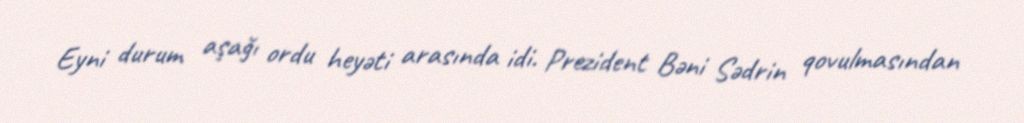
Eyni durum aşağı ordu heyəti arasında idi. Prezident Bəni Sədrin qovulmasından